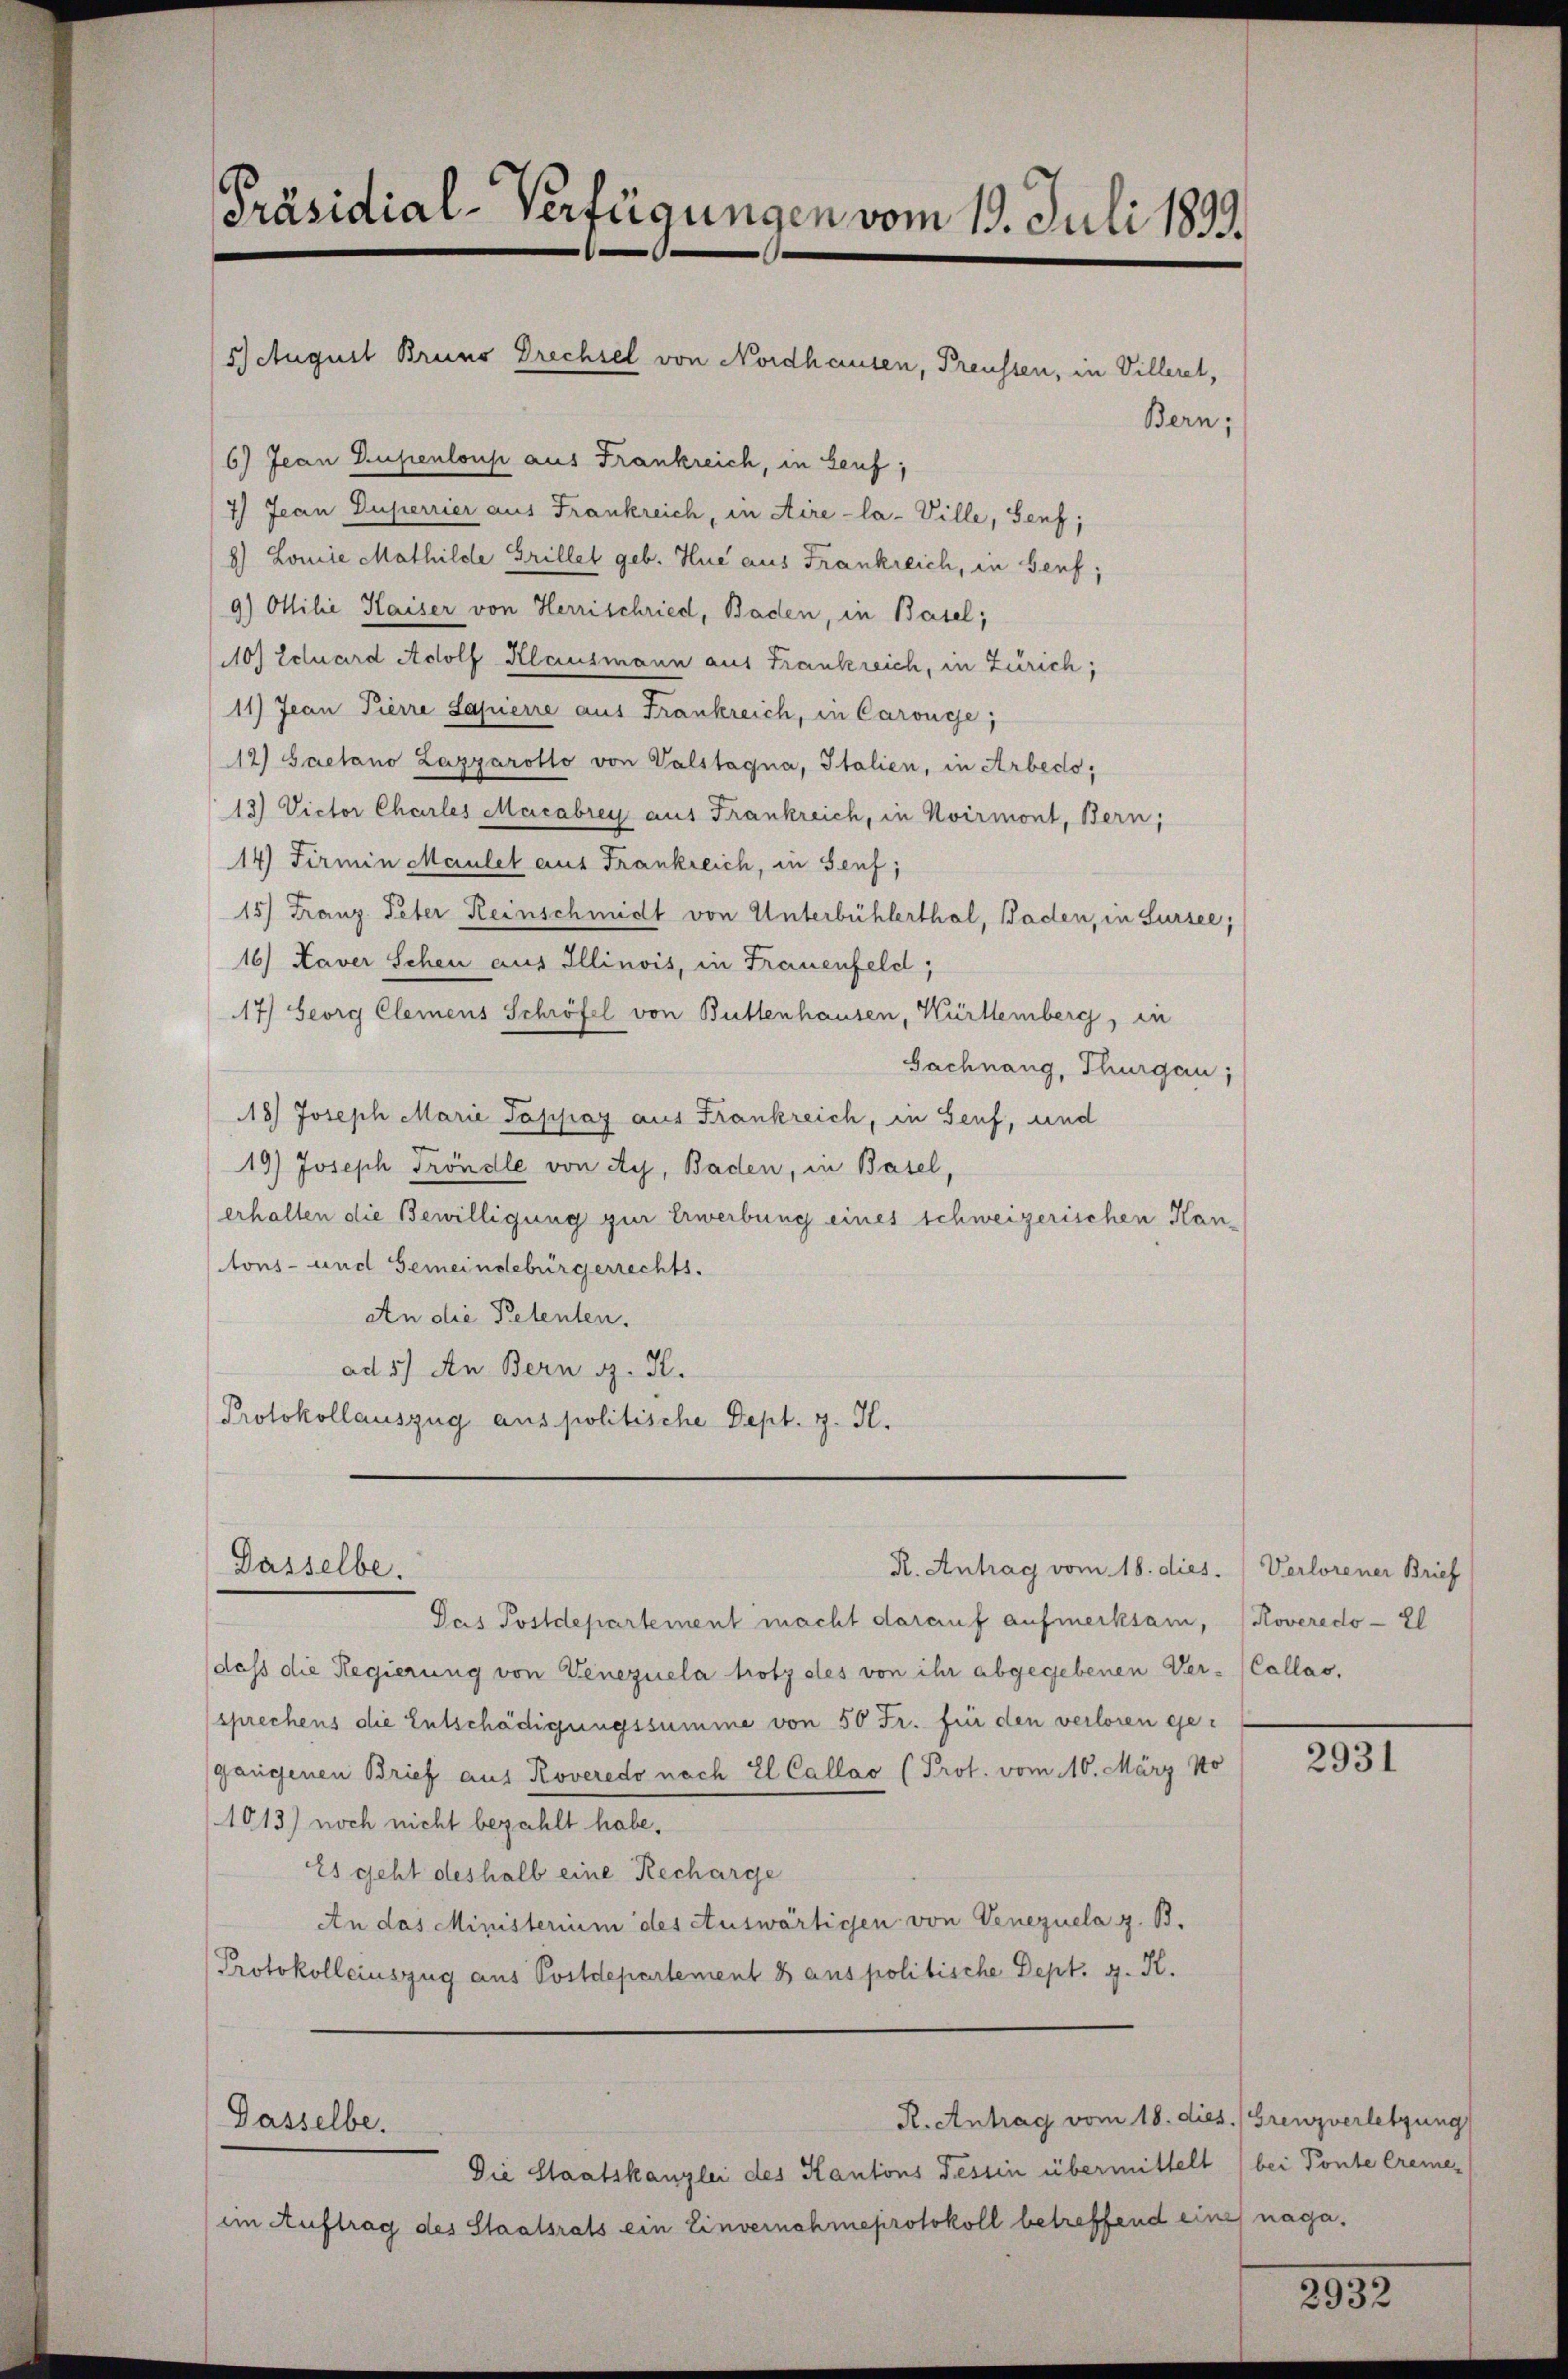
Präsidial-Verfügungen vom 19. Juli 1893.

6) Jean Dupenloup aus Frankreich, in Genf;
7) Jean Duperrier aus Frankreich, in Aire-la- Ville, Senf;
8) Lomie Mathilde Grillet geb. Hue aus Frankreich, in Genf;
9) Milie Kaiser von Herrschried, Baden, in Basel;
110) Ecluard Adolf Klausmann aus Frankreich, in Zürich;
11) Jean Pierre Sapierre aus Frankreich, in Carouge;
12) Gaetano Lazyarotto von Valstagna, Italien, in Arbedo,
13) Victor Charles Macabrey aus Frankreich, in Koirmont, Bern,
14) Fermin Maulet aus Frankreich, in Senf;
15) Franz Peter Reinschmidt von Unterbühlerthal, Baden, in Sursee,
16) Kaver Scheu aus Illinois, in Frauenfeld,
17) Georg Clemens Schröfel von Buttenhausen, Württemberg, in
Gachnang, Thurgau,
18) Joseph Marie Tappay aus Frankreich, in Senf, und
19) Joseph Tröndle von Ay, Baden, in Basel,
erhalten die Bewilligung zur Erwerbung eines schweizerischen Kantons- und Gemeindebürgerrechts.
An die Petenten.
ad 5) An Bern G. H.
Protokollauszug aus politische Dept. H. H.

5 August Bruno Drechsel von Nordhausen, Preussen, in Villerel,

Dasselbe.

Dasselbe.

R. Antrag vom 18. dies. Verlorener Brief

Die Staatskanzlei des Kantons Tessin übermittelt bei Ponte Cremeim Auftrag des Staatsrats ein Einvernohmeprotokoll betreffend eines naga¬

Bern;

Das Postdepartement macht darauf aufmerksam, (Roveredo - El
daß die Regierung von Venezuela trotz des von ihr abgegebenen Ver- (Callas,
sprechens die Entschädigungssumme von 50 Fr. für den verloren ge-
gangenen Brief aus Roveredo nach El Callao (Prot. vom 16. März 10
1013) noch nicht bezahlt habe,
Es geht deshalb eine Recharge
An das Ministerium des Auswärtigen von Venezuela z. B.
Protokolleinszug aus Postdepartement 8 aus politische Dept. g. K.

2931

R. Antrag vom 18. dies. (Grenzverletzung

2932